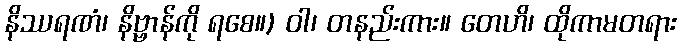
နိဿရဏံ၊ နိဗ္ဗာန်ကို ရစေ။) ဝါ၊ တနည်းကား။ တေဟိ၊ ထိုကာမတရား